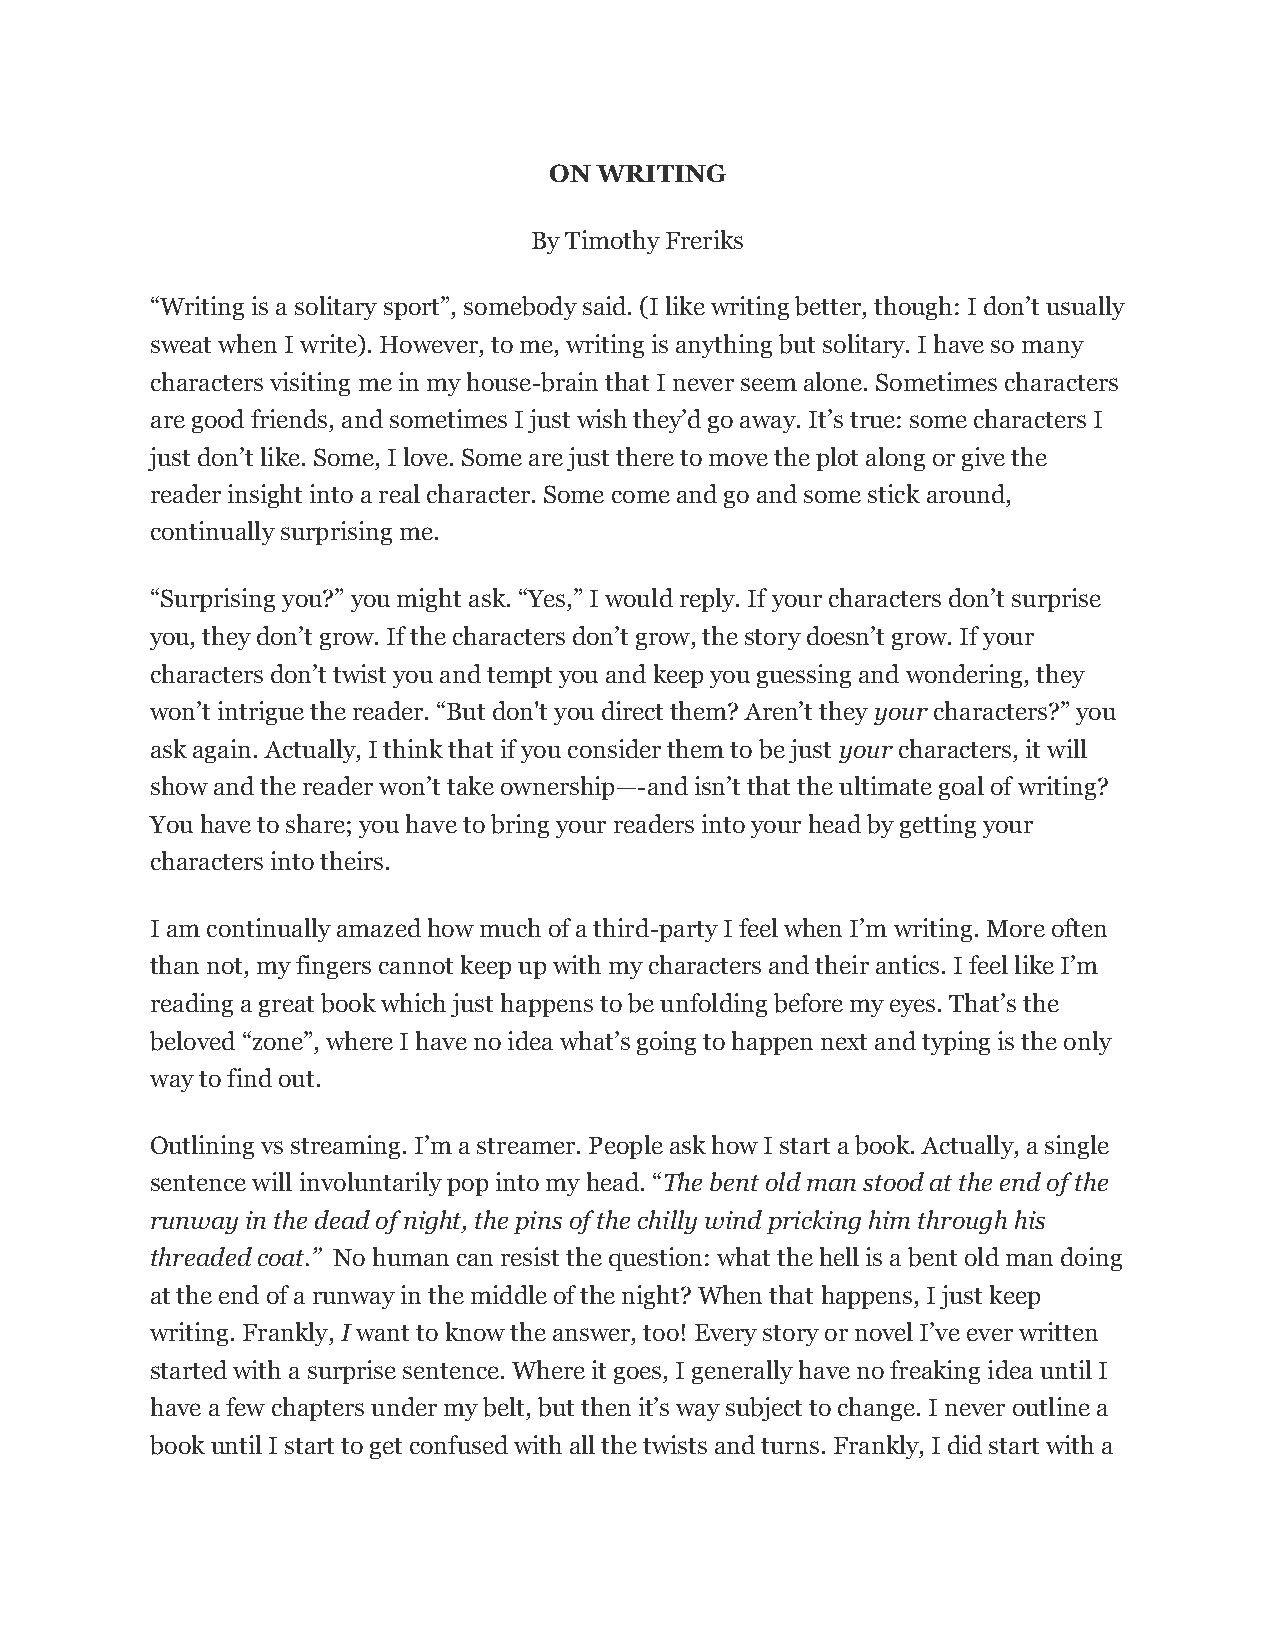
ON  WRITING
 By Timothy Freriks
 “Writing is a solitary sport”, somebody said. (I like writing better, though: I don’t usually
 sweat when I write). However, to me, writing is anything but solitary. I have so many
 characters visiting me in my house-brain that I never seem alone. Sometimes characters
 are good friends, and sometimes I just wish they’d go away. It’s true: some characters I
 just don’t like. Some, I love. Some are just there to move the plot along or give the
 reader insight into a real character. Some come and go and some stick around,
 continually surprising me.
 “Surprising you?” you might ask. “Yes,” I would reply. If your characters don’t surprise
 you, they don’t grow. If the characters don’t grow, the story doesn’t grow. If your
 characters don’t twist you and tempt you and keep you guessing and wondering, they
 won’t intrigue the reader. “But don't you direct them? Aren’t they your characters?” you
 ask again. Actually, I think that if you consider them to be just your characters, it will
 show and the reader won’t take ownership—-and isn’t that the ultimate goal of writing?
 You have to share; you have to bring your readers into your head by getting your
 characters into theirs.
 I am continually amazed how much of a third-party I feel when I’m writing. More often
 than not, my fingers cannot keep up with my characters and their antics. I feel like I’m
 reading a great book which just happens to be unfolding before my eyes. That’s the
 beloved “zone”, where I have no idea what’s going to happen next and typing is the only
 way to find out.
 Outlining vs streaming. I’m a streamer. People ask how I start a book. Actually, a single
 sentence will involuntarily pop into my head. “The bent old man stood at the end of the
 runway in the dead of night, the pins of the chilly wind pricking him through his
 threaded coat.” No human can resist the question: what the hell is a bent old man doing
 at the end of a runway in the middle of the night? When that happens, I just keep
 writing. Frankly, I want to know the answer, too! Every story or novel I’ve ever written
 started with a surprise sentence. Where it goes, I generally have no freaking idea until I
 have a few chapters under my belt, but then it’s way subject to change. I never outline a
 book until I start to get confused with all the twists and turns. Frankly, I did start with a